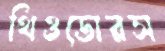
থিওডোরস